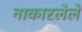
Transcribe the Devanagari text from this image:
नाकारलेले